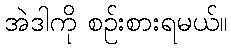
အဲဒါကို စဉ်းစားရမယ်။